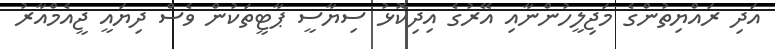
އަދި ރައްޔިތުންގެ މަޖިލީހުންނާއި އޭރުގެ އިދިކޮޅު ސިޔާސީ ޕާޓީތަކުން ވެސް ދިޔައީ ޖީއެމްއާރު